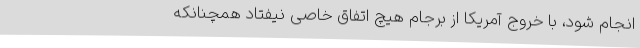
انجام شود، با خروج آمریکا از برجام هیچ اتفاق خاصی نیفتاد همچنانکه